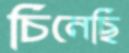
চিনেছি